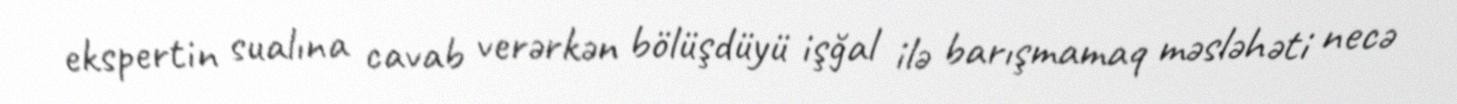
ekspertin sualına cavab verərkən bölüşdüyü işğal ilə barışmamaq məsləhəti necə